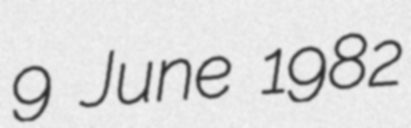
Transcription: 9 June 1982